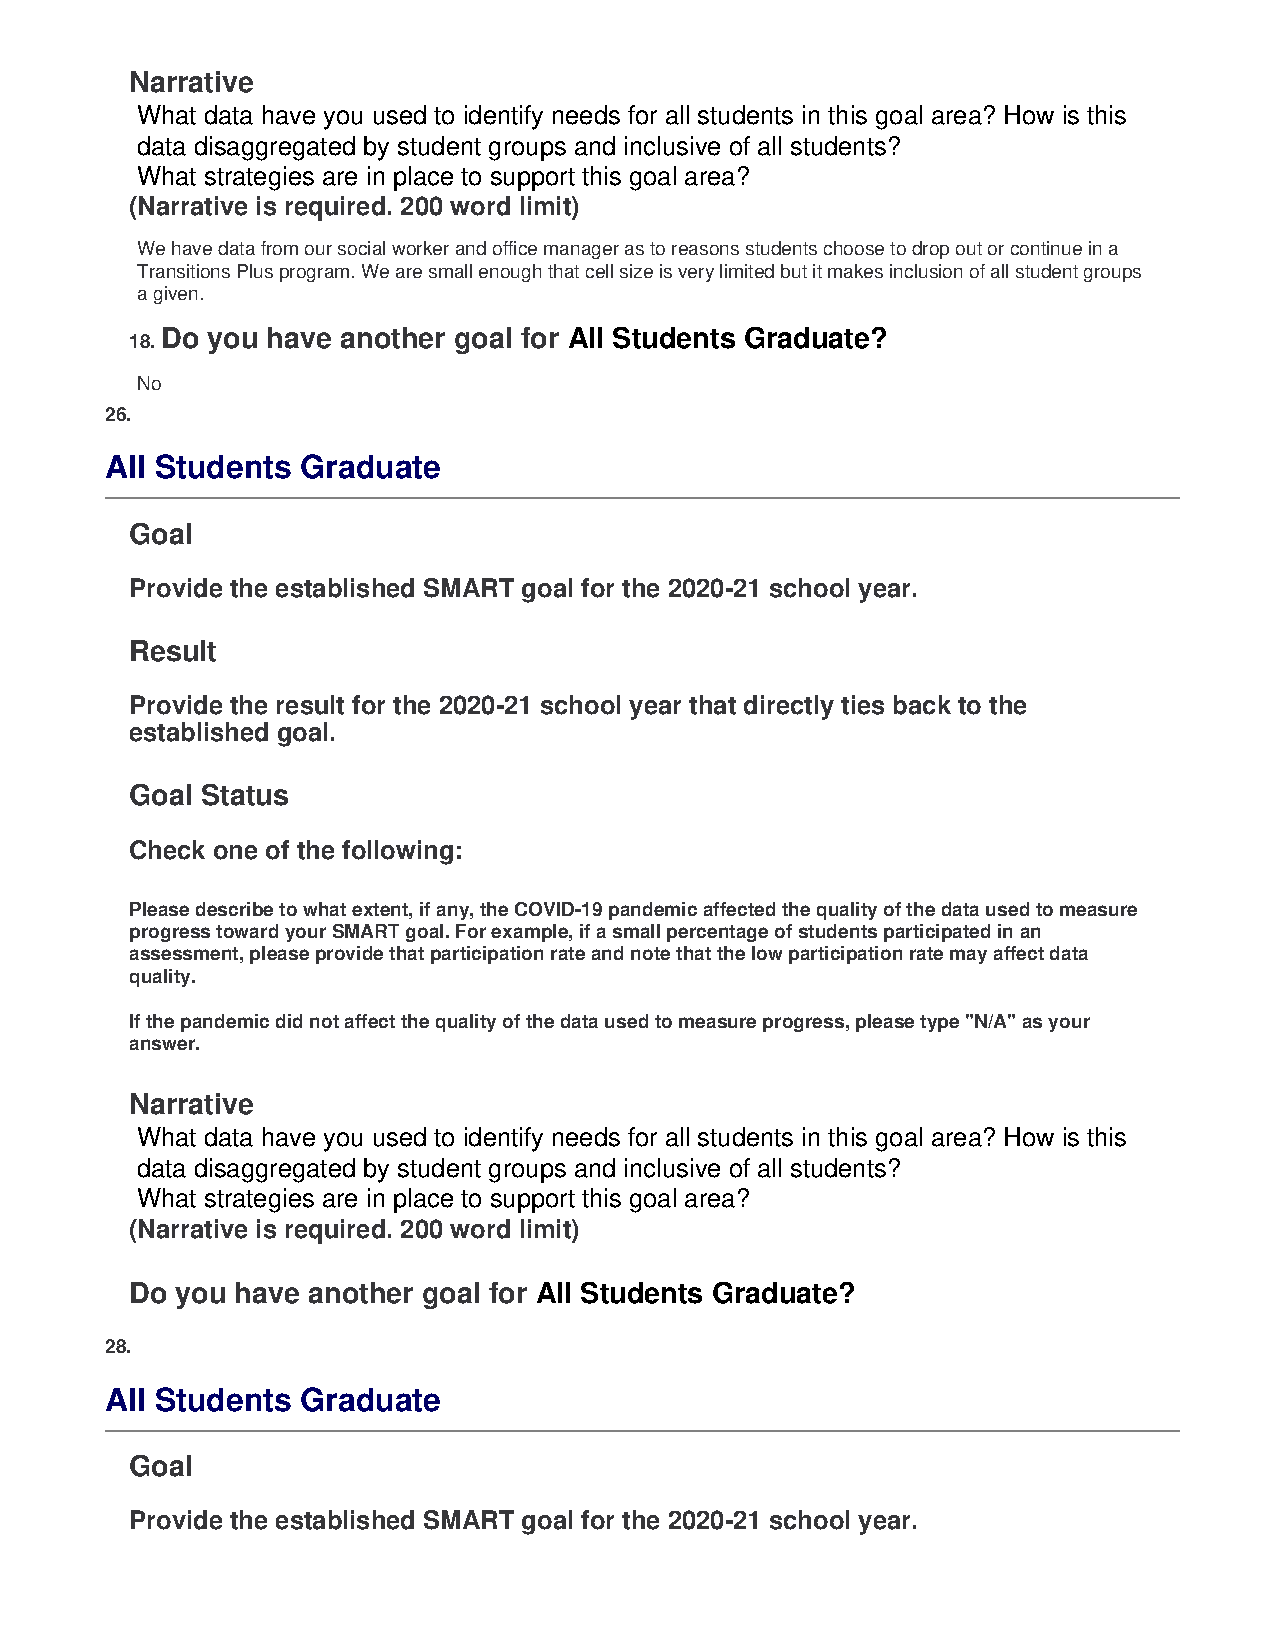
Narrative
 What data have you used to identify needs for all students in this goal area? How is this
 data disaggregated by student groups and inclusive of all students?
 What strategies are in place to support this goal area?
 (Narrative is required. 200 word limit)
 We have data from our social worker and office manager as to reasons students choose to drop out or continue in a
 Transitions Plus program. We are small enough that cell size is very limited but it makes inclusion of all student groups
 a given.
 Do you have another goal for All Students Graduate?
 18.
 No
 26.
 All Students Graduate
 Goal
 Provide the established SMART goal for the 2020-21 school year.
 Result
 Provide the result for the 2020-21 school year that directly ties back to the
 established goal.
 Goal Status
 Check one of the following:
 Please describe to what extent, if any, the COVID-19 pandemic affected the quality of the data used to measure
 progress toward your SMART goal. For example, if a small percentage of students participated in an
 assessment, please provide that participation rate and note that the low participation rate may affect data
 quality.
 If the pandemic did not affect the quality of the data used to measure progress, please type "N/A" as your
 answer.
 Narrative
 What data have you used to identify needs for all students in this goal area? How is this
 data disaggregated by student groups and inclusive of all students?
 What strategies are in place to support this goal area?
 (Narrative is required. 200 word limit)
 Do you have another goal for All Students Graduate?
 28.
 All Students Graduate
 Goal
 Provide the established SMART goal for the 2020-21 school year.